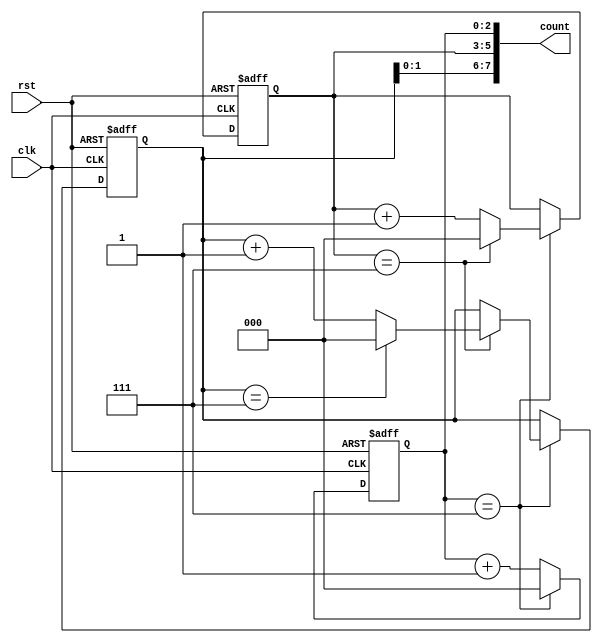
module cascaded_counter (
    input wire clk,
    input wire rst,
    output reg [7:0] count
);

reg [2:0] module1_count;
reg [2:0] module2_count;
reg [2:0] module3_count;

always @(posedge clk or posedge rst) begin
    if (rst) begin
        module1_count <= 3'b000;
        module2_count <= 3'b000;
        module3_count <= 3'b000;
    end else begin
        if (module1_count == 3'b111) begin
            module1_count <= 3'b000;
            if (module2_count == 3'b111) begin
                module2_count <= 3'b000;
                if (module3_count == 3'b111) begin
                    module3_count <= 3'b000;
                end else begin
                    module3_count <= module3_count + 1;
                end
            end else begin
                module2_count <= module2_count + 1;
            end
        end else begin
            module1_count <= module1_count + 1;
        end
    end
end

assign count = {module3_count, module2_count, module1_count};

endmodule